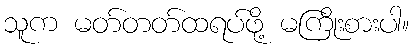
သူက မတ်တတ်ထရပ်ဖို့ မကြိုးစားပါ။